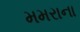
મમરાના